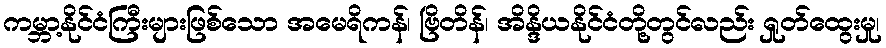
ကမ္ဘာ့နိုင်ငံကြီးများဖြစ်သော အမေရိကန်၊ ဗြိတိန်၊ အိန္ဒိယနိုင်ငံတို့တွင်လည်း ရှုတ်ထွေးမှု၊